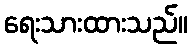
ရေးသားထားသည်။